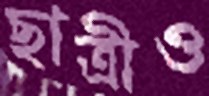
ছাত্রীও